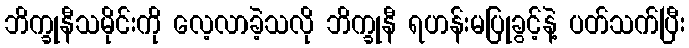
ဘိက္ခုနီသမိုင်းကို လေ့လာခဲ့သလို ဘိက္ခုနီ ရဟန်းမပြုခွင့်နဲ့ ပတ်သက်ပြီး